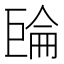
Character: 𢀧